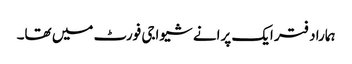
ہمارا دفتر ایک پرانے شیواجی فورٹ میں تھا۔